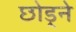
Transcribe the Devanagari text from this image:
छोड़्ने